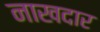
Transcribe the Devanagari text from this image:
नाखदार